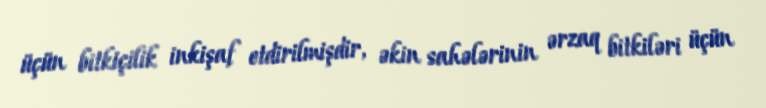
üçün bitkiçilik inkişaf etdirilmişdir, əkin sahələrinin ərzaq bitkiləri üçün